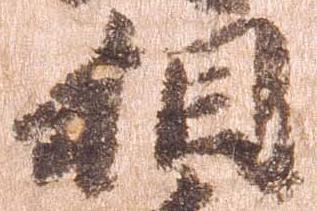
相